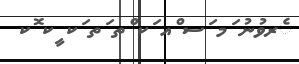
ެރވުނު ަމ ަސ ްއ ަކ ްތ ަތ ަކ ީކ ޮކ